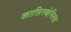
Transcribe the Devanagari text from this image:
कालिस्थेनिक्स